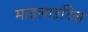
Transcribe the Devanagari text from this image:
माइलाइटिस